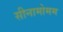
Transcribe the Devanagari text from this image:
सीनामोमम